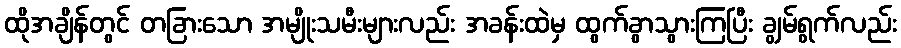
ထိုအချိန်တွင် တခြားသော အမျိုးသမီးများလည်း အခန်းထဲမှ ထွက်ခွာသွားကြပြီး ချွမ်ရွက်လည်း